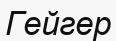
Гейгер